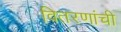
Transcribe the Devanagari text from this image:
वितरणांची